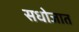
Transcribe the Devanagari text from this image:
सधोजात